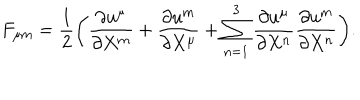
F _ { \mu \mathrm { m } } = { \frac { 1 } { 2 } } \biggl ( { \frac { \partial u ^ { \mu } } { \partial X ^ { \mathrm { m } } } } + { \frac { \partial u ^ { \mathrm { m } } } { \partial X ^ { \mu } } } + \sum _ { \mathrm { n } = 1 } ^ { 3 } { \frac { \partial u ^ { \mu } } { \partial X ^ { \mathrm { n } } } } { \frac { \partial u ^ { \mathrm { m } } } { \partial X ^ { \mathrm { n } } } } \biggr ) .